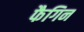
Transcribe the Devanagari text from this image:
फैगिन